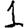
Digit: 1